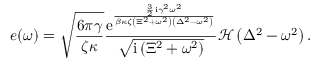
e ( \omega ) = \sqrt { \frac { 6 \pi \gamma } { \zeta \kappa } } \frac { { \mathrm e } ^ { \frac { \frac { 3 } { 2 } \mathrm { i } \gamma ^ { 2 } \omega ^ { 2 } } { \beta \kappa \zeta \left( \Xi ^ { 2 } + \omega ^ { 2 } \right) \left( \Delta ^ { 2 } - \omega ^ { 2 } \right) } } } { \sqrt { \mathrm { i } \left( \Xi ^ { 2 } + \omega ^ { 2 } \right) } } \mathcal { H } \left( \Delta ^ { 2 } - \omega ^ { 2 } \right) .